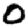
Digit: 0